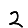
Digit: 2